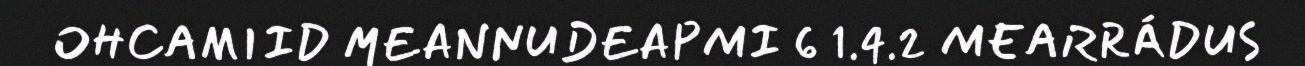
OHCAMIID MEANNUDEAPMI 6 1.4.2 MEARRÁDUS